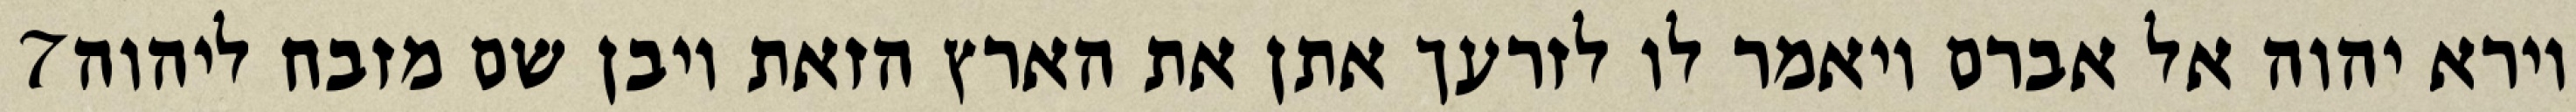
‎7‏ וירא יהוה אל אברם ויאמר לו לזרעך אתן את הארץ הזאת ויבן שם מזבח ליהוה